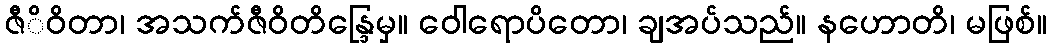
ဇီိဝိတာ၊ အသက်ဇီဝိတိန္ဒြေမှ။ ဝေါရောပိတော၊ ချအပ်သည်။ နဟောတိ၊ မဖြစ်။